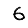
Digit: 6